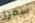
سمرز